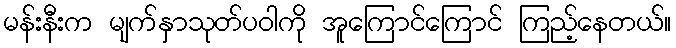
မန်းနီးက မျက်နှာသုတ်ပဝါကို အူကြောင်ကြောင် ကြည့်နေတယ်။